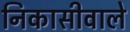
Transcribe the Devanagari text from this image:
निकासीवाले